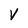
Character: v